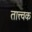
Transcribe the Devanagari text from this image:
तात्त्वक